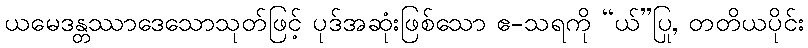
ယမေဒန္တဿာဒေသောသုတ်ဖြင့် ပုဒ်အဆုံးဖြစ်သော ဧ-သရကို “ယ်”ပြု, တတိယပိုင်း